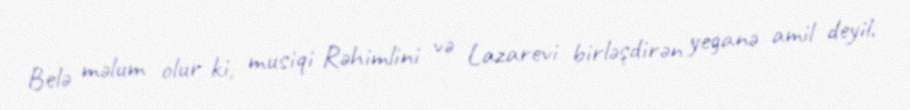
Belə məlum olur ki, musiqi Rəhimlini və Lazarevi birləşdirən yeganə amil deyil.